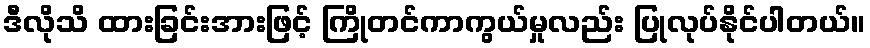
ဒီလိုသိ ထားခြင်းအားဖြင့် ကြိုတင်ကာကွယ်မှုလည်း ပြုလုပ်နိုင်ပါတယ်။